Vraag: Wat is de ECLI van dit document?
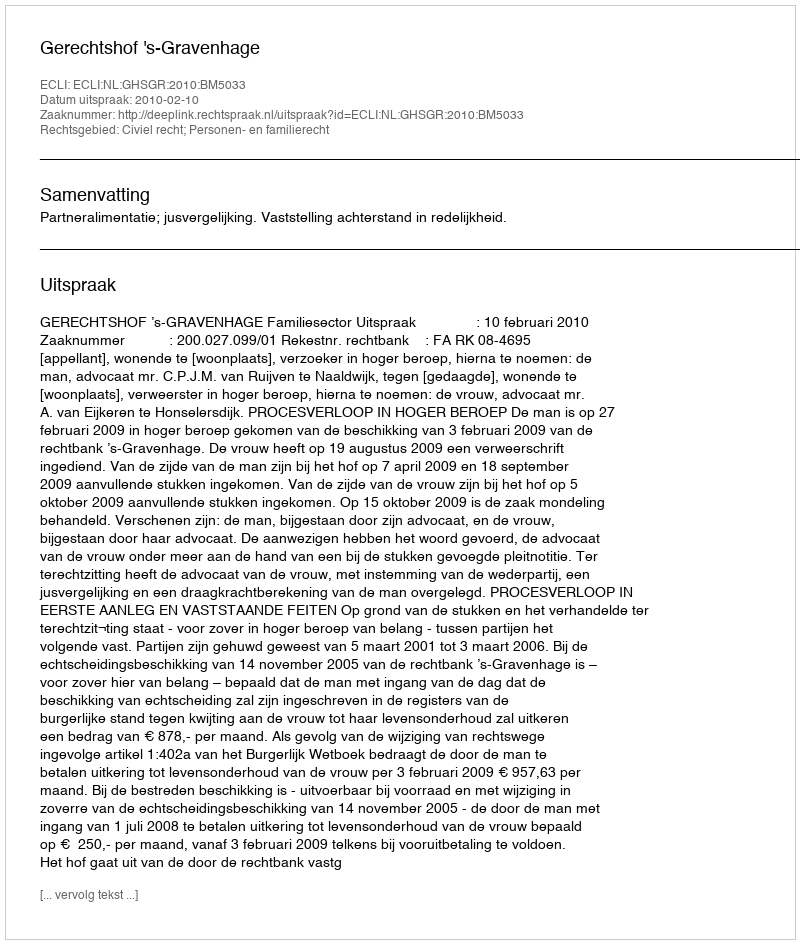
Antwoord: ECLI:NL:GHSGR:2010:BM5033